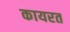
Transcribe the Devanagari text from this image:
कायरत